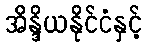
အိန္ဒိယနိုင်ငံနှင့်